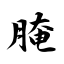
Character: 腌